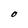
Character: O